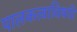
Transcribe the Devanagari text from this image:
पालकत्वाविषयी